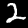
Digit: 2